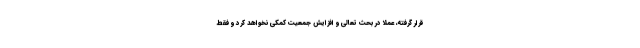
قرار گرفته، عملا در بحث تعالی و افزایش جمعیت کمکی نخواهد کرد و فقط